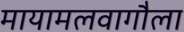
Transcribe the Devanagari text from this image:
मायामलवागौला